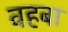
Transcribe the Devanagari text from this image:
वहबा